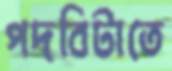
পদবিটাতে